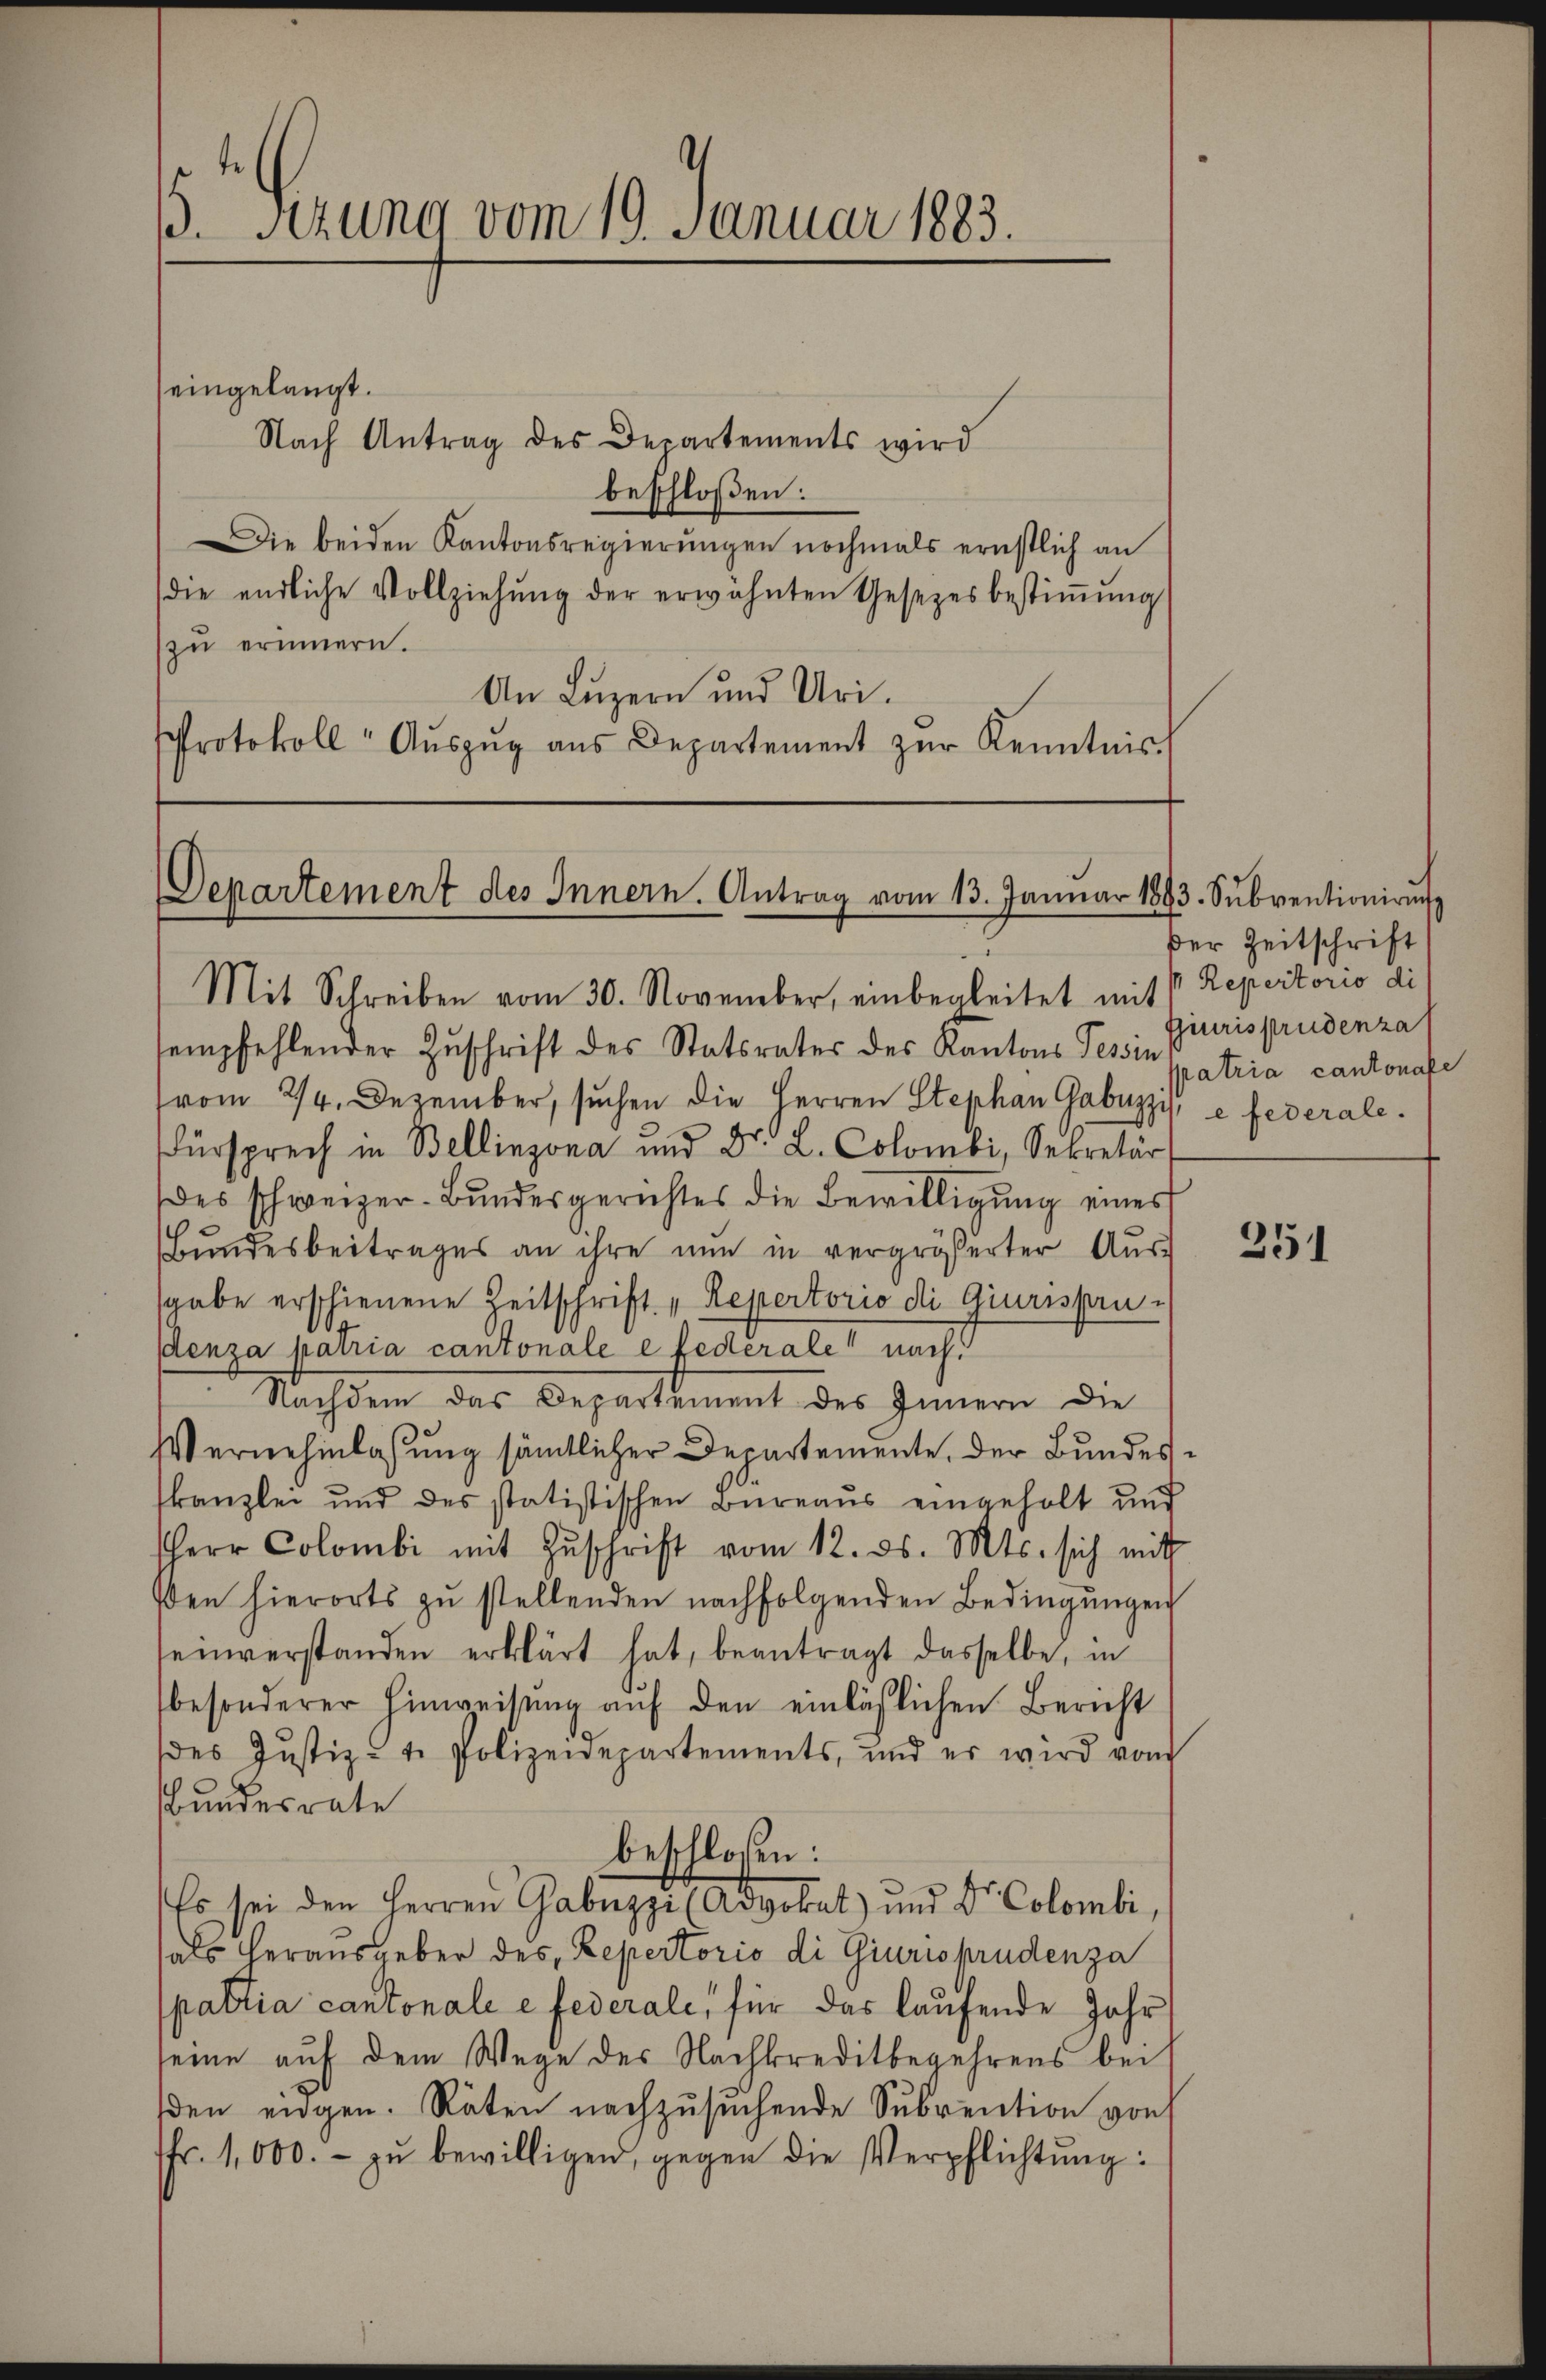
B. Sitzung vom 19. Januar 1883.

eingelangt.
Nach Antrag des Departements wird
beschloßen:
Die beiden Kantonsregierungen nochmals ernstlich an
die endliche Vollziehung der erwähnten Gesezes bestiṁŭng
zŭ erinnern.
An Luzern und Uri.
Protokoll Aŭszŭg aŭs Departement zŭr Kenntnis.

Departement des Innern. Antrag vom 13. Janŭar 1893. Subventionirun
Mit Schreiben vom 30. November, einbegleitet mit Repertorio di

tempfehlender Zŭschrift des Statsrates des Kantons Tessin
vom 24. Dezember, suchen die Herren Stephan Gabuzzis e federaleürsprech in Bellinzona und Dr. L. Colombi, Sekretär
des schweizer-Bundesgerichtes die Bewilligung eines
Bŭndesbeitrages an ihre nŭn in vergrößerter Aŭs-
sgabe erschienene Zeitschrift „Repertorio di Giurispru¬
Penza patria cantonale e besteralen nachd
Nachdem das Bezeitiment des Innern die
Vernehmlassung sämtlicher Departemente, der Bundesskanzlei und des statistischen Bureaus eingeholt und
Herr Colombi mit Zŭschrift vom 12. ds. Mts. sich mitt
den hierorts zŭ stellenden nachfolgenden Bedingŭngen
einverstanden erklärt hat, beantragt dasselbe, in
besonderer Hinweisŭng aŭf den einläßlichen Bericht
des Justiz- & Polizeidepartements, und er wird vom
Bundesrate
beschloßen:
Es sei den Herren Gabuzzi (Advokat) und Dr. Colombi,
als herausgeber des Repertorio di Giurisprudenza
spattia cantonale e federale, für das laufende Jahr
seine auf dem Wege des Nachkreditbegehrens bei
den eigen. Räten nachzusuchende Subrention von
fr. 1,000.- zŭ bewilligen, gegen die Verpflichtung:

der Zeitschrift
jurisprudenza
patria cantonale

251